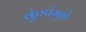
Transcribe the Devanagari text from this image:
कुंडांमुळे